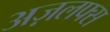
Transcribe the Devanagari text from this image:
अज़लफ्स